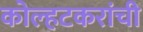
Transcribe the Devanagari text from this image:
कोल्हटकरांची